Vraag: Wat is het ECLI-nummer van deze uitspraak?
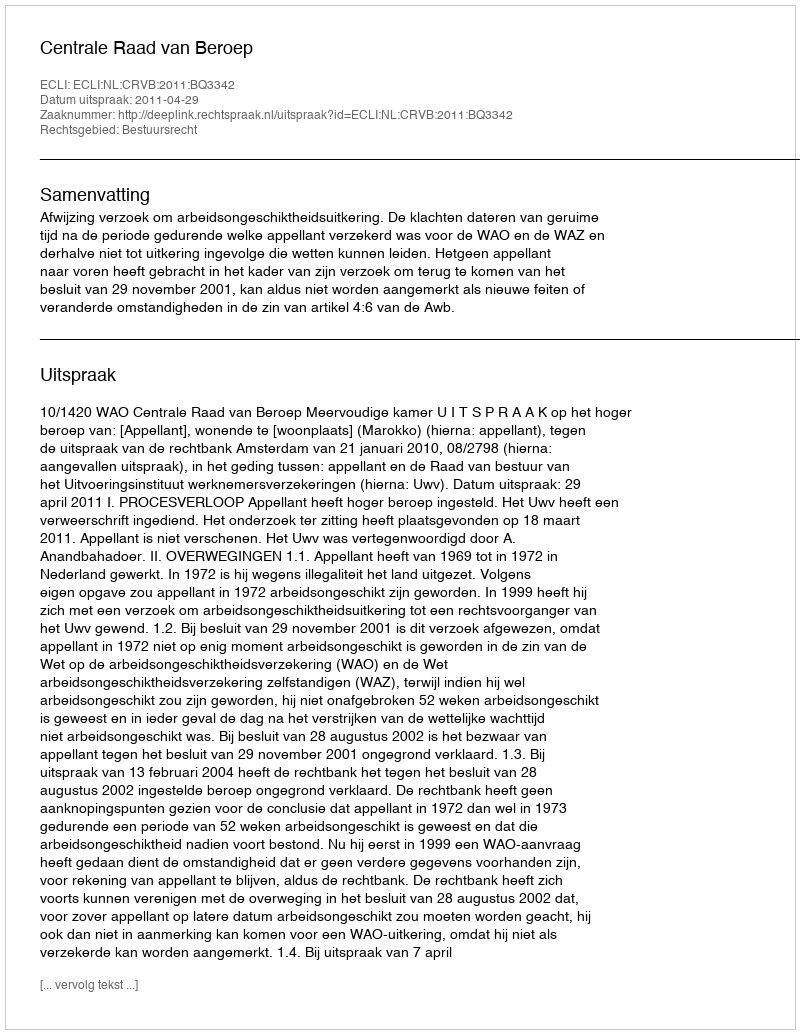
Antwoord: ECLI:NL:CRVB:2011:BQ3342